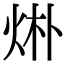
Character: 烞